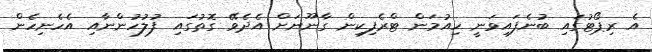
އެ ރިޕޯޓުގައި ބުނެފައިވަނީ ހިއުމަން ޓްރެފިކިން ގާނޫނަށް އެދެވޭ ގޮތުގައި ފުލުހުންނާއި އެހެނިހެން